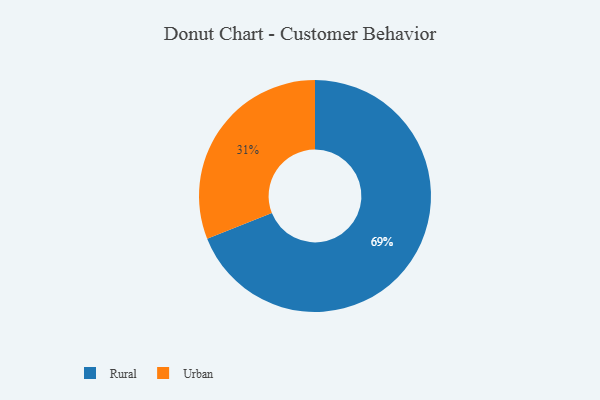
{"axis": {"x": "Category", "y": "Percentage"}, "legend": ["Rural", "Urban"], "data": [{"x": "Rural", "y": 69, "type": "Rural"}, {"x": "Urban", "y": 31, "type": "Urban"}]}